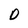
Character: D